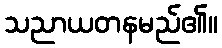
သညာယတနမည်၏။